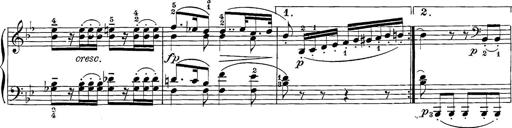
Title: 12 Sonatine per Pianoforte
Composer: Friedrich Kuhlau